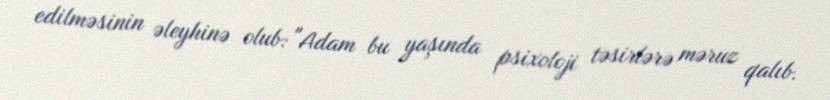
edilməsinin əleyhinə olub: "Adam bu yaşında psixoloji təsirlərə məruz qalıb.